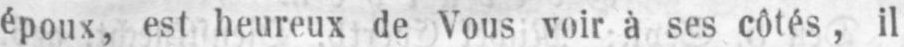
époux, est heureux de Vous voir à ses côtés, il